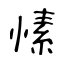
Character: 愫